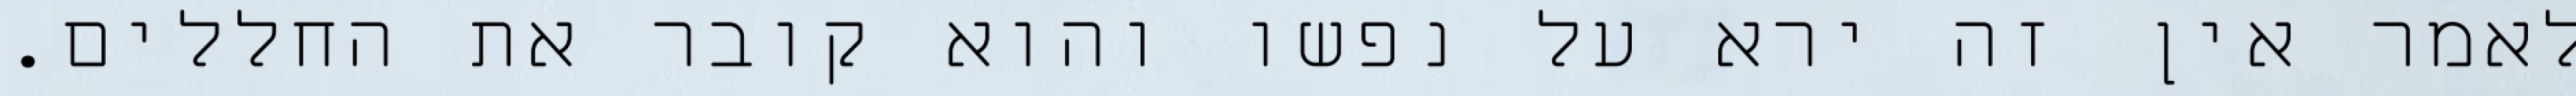
לאמר אין זה ירא על נפשו והוא קובר את החללים.